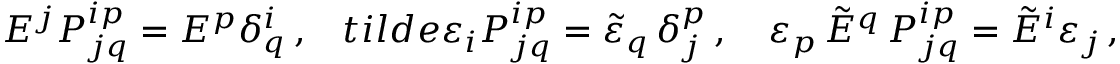
E ^ { j } { \cal P } _ { j q } ^ { i p } = E ^ { p } \delta _ { q } ^ { i } \, , \ \ \, t i l d e { \varepsilon } _ { i } { \cal P } _ { j q } ^ { i p } = \tilde { \varepsilon } _ { q } \, \delta _ { j } ^ { p } \, , \ \ \ \varepsilon _ { p } \, \tilde { E } ^ { q } \, { \cal P } _ { j q } ^ { i p } = \tilde { E } ^ { i } \varepsilon _ { j } \, ,